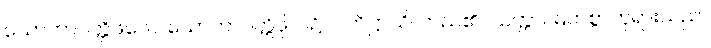
သောတာပတ္တိဖလေ၊ သောတာပတ္တိဖိုလ်၌။ ပတိဋ္ဌာသိ၊ တည်၏။ သတ္တာ၊ မြတ်စွာဘုရားသည်။